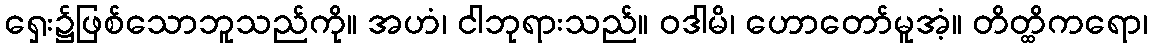
ရှေး၌ဖြစ်သောဘူသည်ကို။ အဟံ၊ ငါဘုရားသည်။ ဝဒါမိ၊ ဟောတော်မူအံ့။ တိတ္ထိကရော၊